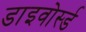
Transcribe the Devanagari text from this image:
डाइवोर्स्ड